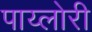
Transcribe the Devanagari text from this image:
पाय्लोरी